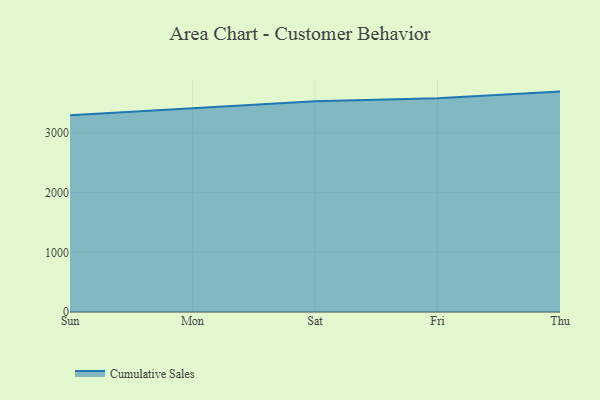
{"axis": {"x": "Day", "y": "Shipments"}, "legend": ["Cumulative Sales"], "data": [{"x": "Sun", "y": 3294.2, "type": "Cumulative Sales"}, {"x": "Mon", "y": 3410.5, "type": "Cumulative Sales"}, {"x": "Sat", "y": 3531.4, "type": "Cumulative Sales"}, {"x": "Fri", "y": 3582.1, "type": "Cumulative Sales"}, {"x": "Thu", "y": 3691.5, "type": "Cumulative Sales"}]}